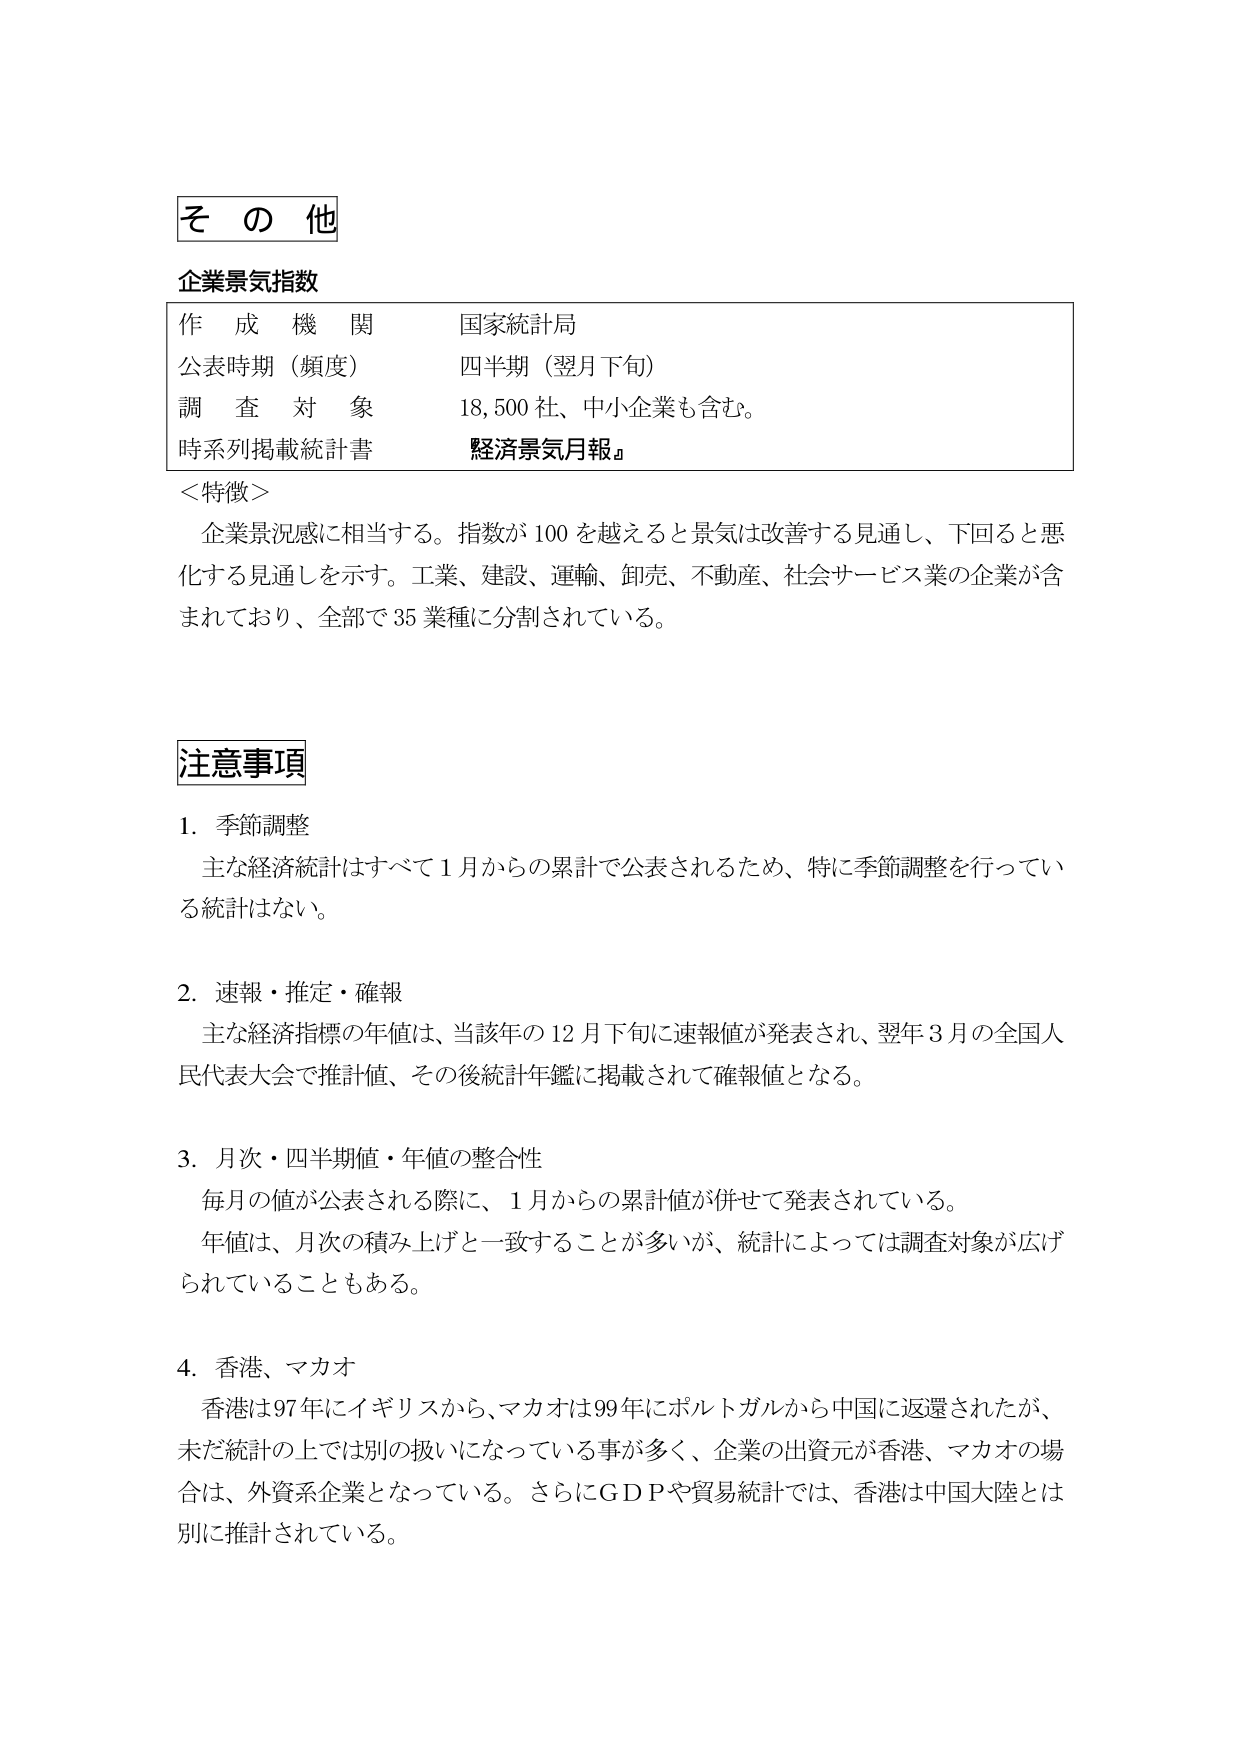
そ の 他

企業景気指数

作 成 機 関　　　　　国家統計局
公表時期（頻度）　　四半期（翌月下旬）
調 査 対 象　　　　　18,500 社、中小企業も含む。
時系列掲載統計書　　『経済景気月報』

＜特徴＞
企業景況感に相当する。指数が 100 を越えると景気は改善する見通し、下回ると悪化する見通しを示す。工業、建設、運輸、卸売、不動産、社会サービス業の企業が含まれており、全部で 35 業種に分割されている。

注意事項

1. 季節調整
主な経済統計はすべて 1 月からの累計で公表されるため、特に季節調整を行っている統計はない。

2. 速報・推定・確報
主な経済指標の年値は、当該年の 12 月下旬に速報値が発表され、翌年 3 月の全国人民代表大会で推計値、その後統計年鑑に掲載されて確報値となる。

3. 月次・四半期値・年値の整合性
毎月の値が公表される際に、1 月からの累計値が併せて発表されている。
年値は、月次の積み上げと一致することが多いが、統計によっては調査対象が広げられていることもある。

4. 香港、マカオ
香港は 97 年にイギリスから、マカオは 99 年にポルトガルから中国に返還されたが、未だ統計の上では別の扱いになっている事が多く、企業の出資元が香港、マカオの場合は、外資系企業となっている。さらに GDP や貿易統計では、香港は中国大陸とは別に推計されている。